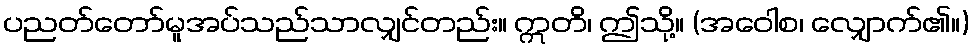
ပညတ်တော်မူအပ်သည်သာလျှင်တည်း။ ဣတိ၊ ဤသို့။ (အဝေါစ၊ လျှောက်၏။)